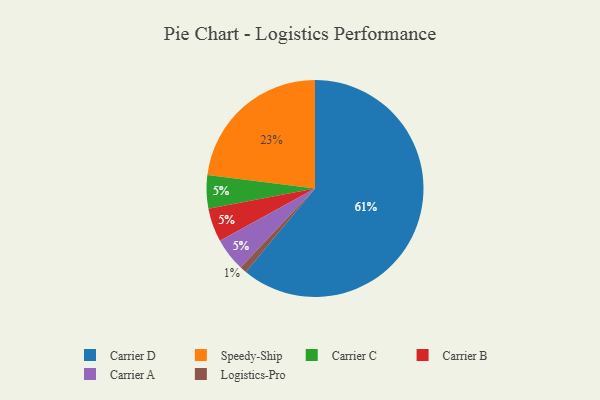
{"axis": {"x": "Category", "y": "Percentage"}, "legend": ["Carrier A", "Carrier B", "Carrier C", "Carrier D", "Logistics-Pro", "Speedy-Ship"], "data": [{"x": "Carrier C", "y": 5, "type": "Carrier C"}, {"x": "Carrier B", "y": 5, "type": "Carrier B"}, {"x": "Speedy-Ship", "y": 23, "type": "Speedy-Ship"}, {"x": "Logistics-Pro", "y": 1, "type": "Logistics-Pro"}, {"x": "Carrier D", "y": 61, "type": "Carrier D"}, {"x": "Carrier A", "y": 5, "type": "Carrier A"}]}